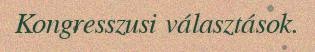
Kongresszusi választások.